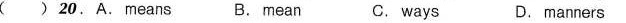
( ) 20.A. Means B. Mean C. ways D. manners